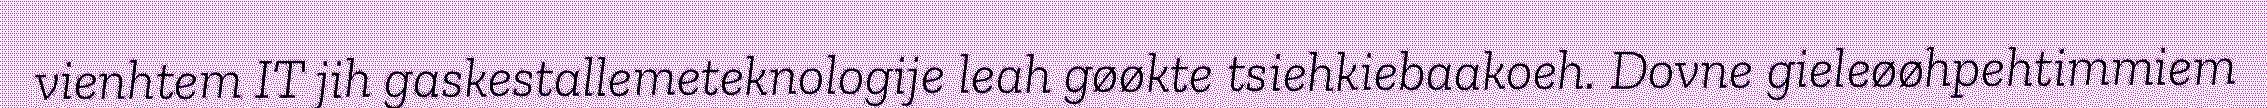
vienhtem IT jih gaskestallemeteknologije leah gøøkte tsiehkiebaakoeh. Dovne gieleøøhpehtimmiem